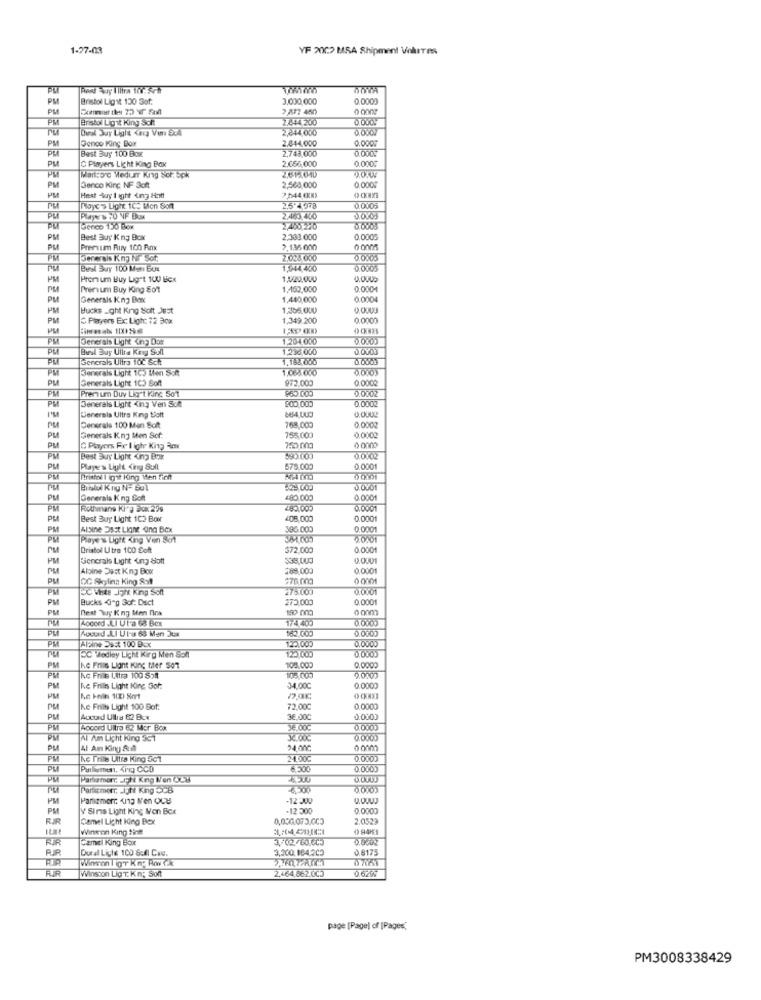
1-27-03
YF 20C> MSA Shipment Volures
PLI
PM
Bristol Ligit 130 Sof.
3,000,000
0.0001
PM
2,877 460
PM
Bristol Ligit King Soit
2.444 200
0.000V
2,244,000
PM
Denco King Box
2.444,000
0.0009
Best Buy 100 Box
2,743,000
0.0009
PM
C Players Licht King Bax
2.656,000
0.0009
PM
Martoro Medier King Sor. Spk
2.615040
0.000F
PM
Denco Kinc NF Soft
2,568,000
Hest Auy I ight 4ing Hoff
2,544.000)
0 CKAXS
PM
Moyc's Light 1C. Mon Soft
2,5"+978
0.0006
2.463.400
Genco 150 Box
2,400,220
0.0005
PM
Best Buy K ng Box
2,333.000
0.0005
PM
Pren um Ruy 100 Rax
2,136 000
PM
Generais Kny Nr Sot.
2.028.000
0.0005
Best Buy 100 Man Bus
1,944,400
0.0005
PM
Prom um Buy Ligt 100 Bicx
1.4/20,000
Premium Buy King got
1.152,000
0.0001
PM
Generals Kng Box
1,440,000
0.0004
PM
Bucks _ght King Solt Jest
1.305.000
0.0003
PM
C Players Ex: Ligh: 72 30%
1.349.200
0.0000
( CKMES
PM
Jenerais Light King Dox
1,204.000
0.0000
Best Buy Ultra Krig Sull
1,236.000
Generals Ultra 10℃ Scht
1.188,000
0.0003
Jenerals Light 105 Men Soit
1.064.000
0.0003
PM
PM
Generals Light 1C) Soft
972.000
0.0002
PM
Pren um Duy Liget Kinc 501
$60 003
0.0002
Denerals Light King Ven Sut
800,000
0.0002
PM
Uenerala Ultra King tott
0,0002
Generale 100 Men Soft
768,000
PM
Generals King Men Sor:
755,000
0.0002
PM
C Players Fire I igh King Rox
750,000
PM
Best Buy Light (ng Box
0.0702
PM
Player's Light Kiny &ull
578,000
0.0001
Bristol gut King Wen tien
PM
Binlui Kny N- 501
D.UY01
PM
Generala K ng Soft
480.000
0.0001
PM
Rothmans King Box 299
28 .. 005
Best Buy Light 1C3 Box
405,000
0.0001
PM
Albine Dast Light ang Box
396.000
0.0001
PM
Playe's Light King Ven Sort
Oristol Utra 100 Soft
372,000
0.0001
PM
Bienerals Light 4ng Soft
338,000
0.0001
PM
Albine Dast King Box
288,000
0.0001
OG Skylina King 8:4
278 000
PM
UC Vite JON KIng Soft
27500
0.0001
PM
Bucks Ging Sof: Dect
275.000
0.0001
PM
next Wy K ng Men nos
190 000
Locoed JLI UT-a 68 Box
174 405
0.0000
PM
Aline Ssst 100 Bxx
120.005
0.0000
0.000)
DC Vedley Licht Kirg Men Sont
120 005
PM
he Fris Liant Kinc Mer So7
108.000
0,0000
Ac Friis Ultra 100 551
TO8 005
PM
Ke Frills Light King Sof:
34.00℃
0.0000
PM
PM
Ke Frills Light 100 Bot:
72.000
0.0000
PM
Aucund Ullia 62 Bcx
36,00C
0.0000
PM
Accord Ultra 62 Mor Box
36.00℃
0.0000
A Am Light King 567
PM
Al Am King &:4
24.000
PM
Ne This Ultra King 5cl
24.00℃
0,0000
0.0000
PM
Partemen -IFht King Non CCH
PM
Parismerr. Jjht King 5cb
PM
Parizmerr. 413 M'en OUB
-12:300
PM
V Sims Light King Mon Bcx
-12.200
0,0000
RIR
Camel Light King Bex
0,000.073.005
2.0529
Win on King 199
0 94H3
Camel King Box
Dural Liche 100 Soll Cwc.
3,200,164.200
0.8175
FUR
Winston Lig'T. Kn; Soft
2.464.862.0C5
0.629
page [Page) of [Pages,
PM3008338429